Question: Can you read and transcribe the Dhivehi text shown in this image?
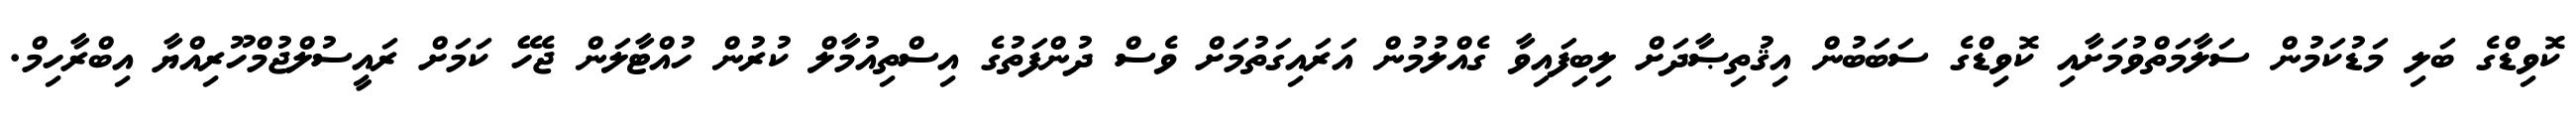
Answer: ކޮވިޑްގެ ބަލި މަޑުކަމުން ސަލާމަތްވުމަށާއި ކޮވިޑްގެ ސަބަބުން އިޤުތިޞާދަށް ލިބިފައިވާ ގެއްލުމުން އަރައިގަތުމަށް ވެސް ދުންފަތުގެ އިސްތިއުމާލް ކުރުން ހުއްޓާލަން ޖެހޭ ކަމަށް ރައީސުލްޖުމްހޫރިއްޔާ އިބްރާހިމް.